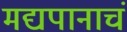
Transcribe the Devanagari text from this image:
मद्यपानाचं